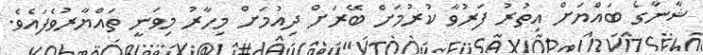
ޝާނާގެ ބައްޔަށް އިތުރު ފަރުވާ ކުރުމަށް ބޭރަށް ދިއުމަށް މިހާރު މިވަނީ ތައްޔާރުވެފައެވެ.